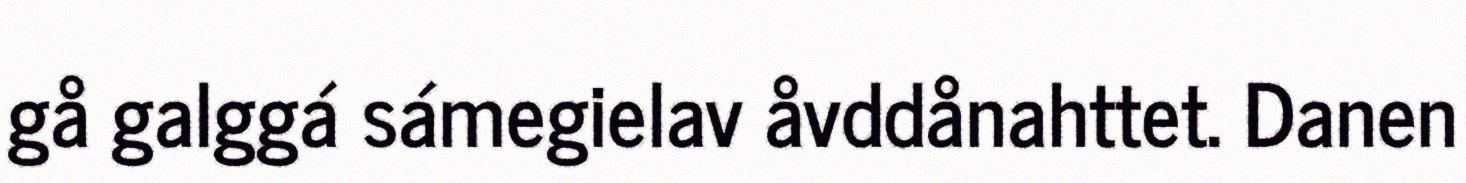
gå galggá sámegielav åvddånahttet. Danen